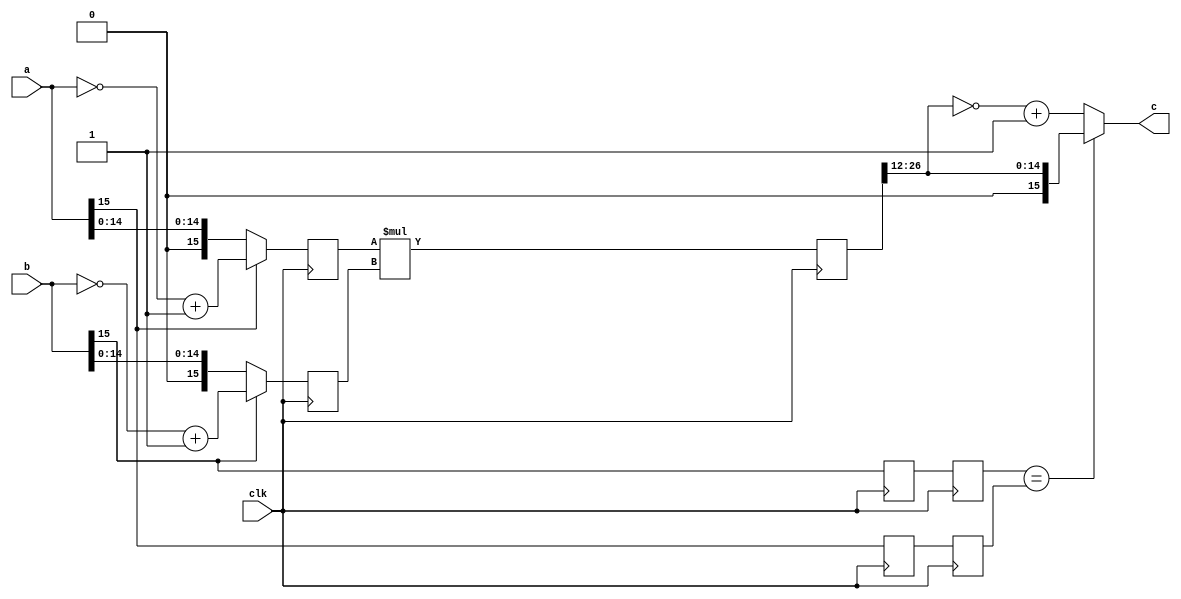
`define SIMULATION_MEMORY
`define ARRAY_DEPTH 64      //Number of Hidden neurons
`define INPUT_DEPTH 100	    //LSTM input vector dimensions
`define DATA_WIDTH 16		//16 bit representation
`define INWEIGHT_DEPTH 6400 //100x64
`define HWEIGHT_DEPTH 4096  //64x64
`define varraysize 1600   //100x16
`define uarraysize 1024  //64x16

module signedmul(
  input clk,
  input [15:0] a,
  input [15:0] b,
  output [15:0] c
);

wire [31:0] result;
wire [15:0] a_new;
wire [15:0] b_new;

reg [15:0] a_ff;
reg [15:0] b_ff;
reg [31:0] result_ff;
reg a_sign,b_sign,a_sign_ff,b_sign_ff;

assign c = (b_sign_ff==a_sign_ff)?result_ff[26:12]:(~result_ff[26:12]+1'b1);
assign a_new = a[15]?(~a + 1'b1):a;
assign b_new = b[15]?(~b + 1'b1):b;
assign result = a_ff*b_ff;

always@(posedge clk) begin
	a_ff <= a_new;
	b_ff <= b_new; 

	a_sign <= a[15];
	b_sign <= b[15];
	a_sign_ff <= a_sign;
	b_sign_ff <= b_sign;
    result_ff <= result;
    
end


endmodule